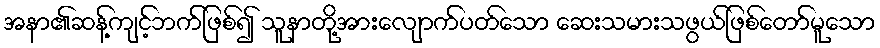
အနာ၏ဆန့်ကျင့်ဘက်ဖြစ်၍ သူနာတို့အားလျောက်ပတ်သော ဆေးသမားသဖွယ်ဖြစ်တော်မူသော